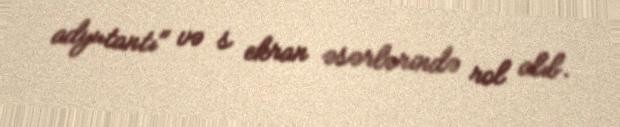
adyutantı" və s ekran əsərlərində rol alıb.